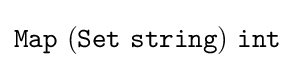
{\mathtt {Map\ (Set\ string)\ int}}